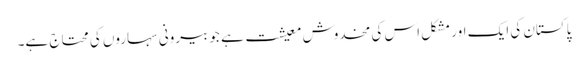
پاکستان کی ایک اور مشکل اس کی مخدوش معیشت ہے جو بیرونی سہاروں کی محتاج ہے۔